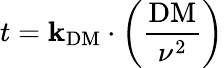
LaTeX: t=\mathbf{k}_{\mathrm{{DM}}}\cdot\left({\frac{{\mathrm{{DM}}}}{{\nu^{2}}}}\right)